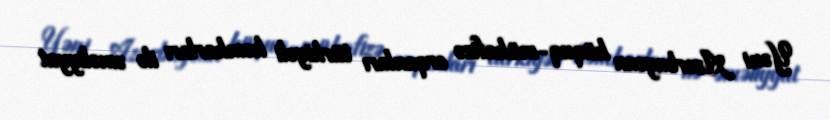
Yəni Azərbaycan hüquq-mühafizə orqanları türkiyəli həmkarları ilə əməliyyat